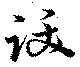
跋